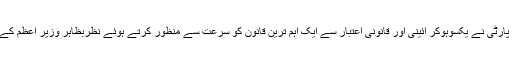
حال ہی میں مسلم لیگ (نون) اور پیپلز پارٹی نے یکسوہوکر آئینی اور قانونی اعتبار سے ایک اہم ترین قانون کو سرعت سے منظور کرتے ہوئے نظربظاہر وزیر اعظم کے منصب کو ’’مضبوط ترین‘‘ بنایا ہے۔